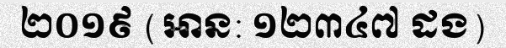
២០១៩ (អាន: ១២៣៤៧ ដង)